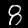
Digit: 8